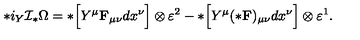
* i _ { Y } { \cal I } _ { * } \Omega = * \Bigl [ Y ^ { \mu } { \bf F } _ { \mu \nu } d x ^ { \nu } \Bigr ] \otimes \varepsilon ^ { 2 } - * \Bigl [ Y ^ { \mu } ( * { \bf F } ) _ { \mu \nu } d x ^ { \nu } \Bigr ] \otimes \varepsilon ^ { 1 } .